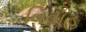
વિવાહ